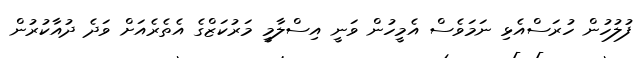
ފުލުހުން ހުރަސްއެޅި ނަމަވެސް އެމީހުން ވަނީ އިސްލާމީ މަރުކަޒްގެ އެތެރެއަށް ވަދެ ދުއާކުރުން